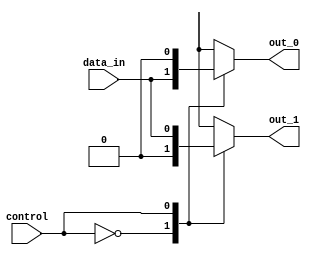
module demux_1to2 (
    input wire data_in,
    input wire control,
    output reg out_0,
    output reg out_1
);

always @*
begin
    case (control)
        1'b0: begin
            out_0 = data_in;
            out_1 = 1'b0;
        end
        1'b1: begin
            out_0 = 1'b0;
            out_1 = data_in;
        end
    endcase
end

endmodule